Lunatic asylums Central Provinces reports 1886-1894 - 1886-1894
Year: 1886
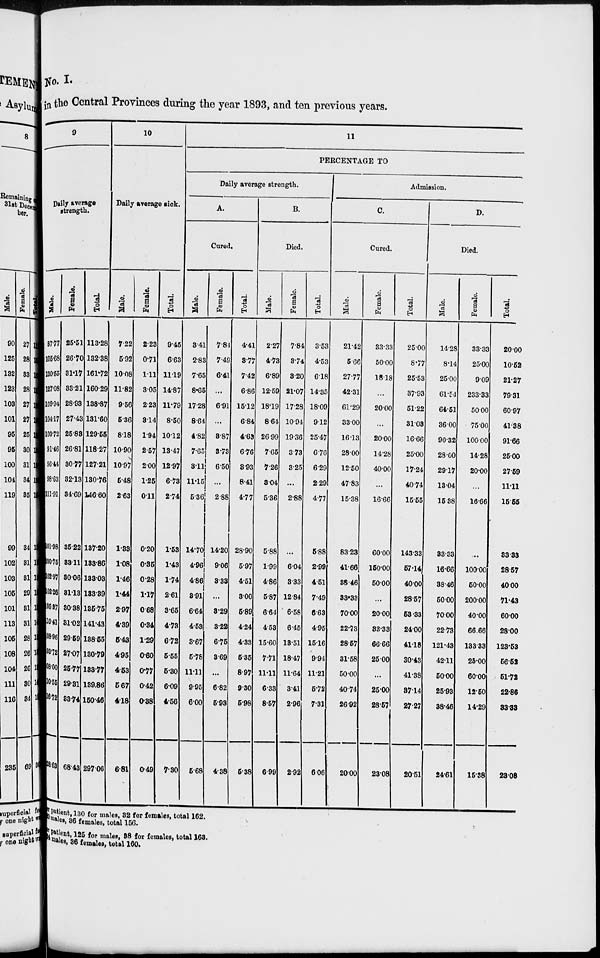
No. I.
in the Central Provinces during the year 1893, and ten previous years.
9
Daily average
strength.
Male.
87.77
105.68
130.55
127.08
109.94
104.17
103.72
91.46
96.44
98.63
111.91
101.98
100.75
102.97
102.26
105.37
10.41
108.96
103.72
108.00
10.55
116.72
228.63
Female.
25.51
26.70
31.17
33.21
28.93
27.43
25.83
26.81
30.77
32.13
34.69
35.22
33.11
30.06
31.13
30.38
31.02
29.59
27.07
25.77
29.31
33.74
68.43
Total.
113.28
132.38
161.72
160.29
138.87
131.60
129.55
118.27
127.21
130.76
146.60
137.20
133.86
133.03
133.39
135.75
141.43
138.55
130.79
133.77
139.86
150.46
297.06
10
Daily average sick.
Male.
7.22
5.92
10.08
11.82
9.56
5.36
8.18
10.90
10.97
5.48
2.63
1.33
1.08
1.46
1.44
2.97
4.39
5.43
4.95
4.53
5.67
4.18
6.81
Female.
2.23
0.71
1.11
3.05
2.23
3.14
1.94
2.57
2.00
1.25
0.11
0.20
0.35
0.28
1.17
0.68
0.34
1.29
0.60
0.77
0.42
0.38
0.49
Total.
9.45
6.63
11.19
14.87
11.79
8.50
10.12
13.47
12.97
6.73
2.74
1.53
1.43
1.74
2.61
3.65
4.73
6.72
5.55
5.30
6.09
4.56
7.30
11
PERCENTAGE TO
Daily average strength.
A.
Cured.
Male.
3.41
2.83
7.65
8.65
17.28
8.64
4.82
7.65
3.11
11.15
5.36
14.70
4.96
4.86
3.91
6.64
4.53
3.67
5.78
11.11
9.95
6.00
5.68
Female.
7.84
7.49
6.41
...
6.91
...
3.87
3.73
6.50
...
2.88
14.20
9.06
3.33
...
3.29
3.22
6.75
3.69
...
6.82
5.93
4.38
Total.
4.41
3.77
7.42
6.86
15.12
6.84
4.63
6.76
3.93
8.41
4.77
28.90
5.97
4.51
3.00
5.89
4.24
4.33
5.35
8.97
9.30
5.98
5.38
B.
Died.
Male.
2.27
4.73
6.89
12.59
18.19
8.64
26.99
7.65
7.26
3.04
5.36
5.88
1.99
4.86
5.87
6.64
4.53
15.60
7.71
11.11
6.33
8.57
6.99
Female.
7.84
3.74
3.20
21.07
17.28
10.94
19.36
3.73
3.25
...
2.88
...
6.04
3.33
12.84
6.58
6.45
13.51
18.47
11.64
3.41
2.96
2.92
Total.
3.53
4.53
6.18
14.35
18.09
9.12
25.47
6.76
6.29
2.29
4.77
5.88
2.99
4.51
7.49
6.63
4.95
15.16
9.94
11.21
5.72
7.31
6.06
Admission.
C.
Cured.
Male.
21.42
5.66
27.77
42.31
61.29
33.00
16.13
28.00
12.50
47.83
15.38
83.23
41.66
38.46
33.33
70.00
22.73
28.57
31.58
50.00
40.74
26.92
20.00
Female.
33.33
50.00
18.18
...
20.00
...
20.00
14.28
40.00
...
16.66
60.00
150.00
50.00
...
20.00
33.33
66.66
25.00
...
25.00
28.57
23.08
Total.
25.00
8.77
25.53
37.93
51.22
31.03
16.66
25.00
17.24
40.74
15.55
143.33
57.14
40.00
28.57
53.33
24.00
41.18
30.43
41.38
37.14
27.27
20.51
D.
Died.
Male.
14.28
8.14
25.00
61.54
64.51
36.00
90.32
28.00
29.17
13.04
15.38
33.33
16.66
38.46
50.00
70.00
22.73
121.43
42.11
50.00
25.93
38.46
24.61
Female.
33.33
25.00
9.09
233.33
50.00
75.00
100.00
14.28
20.00
...
16.66
...
100.00
50.00
200.00
40.00
66.66
133.33
25.00
60.00
12.50
14.29
15.38
Total.
20.00
10.52
21.27
79.31
60.97
41.38
91.66
25.00
27.59
11.11
15.55
33.33
28.57
40.00
71.43
60.00
28.00
123.53
56.52
51.72
22.86
33.33
23.08
per patient,130 for males, 32 for females, total 162.
20 males, 36 females, total 156.
per patient, 125 for males, 38 for females, total 163.
34 males, 36 females, total 160.